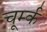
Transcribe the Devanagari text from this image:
चूर्म्क